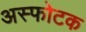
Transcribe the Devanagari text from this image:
अस्फोटक